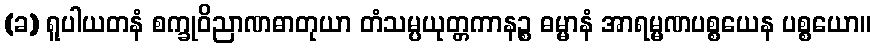
(ခ) ရူပါယတနံ စက္ခုဝိညာဏဓာတုယာ တံသမ္ပယုတ္တကာနဉ္စ ဓမ္မာနံ အာရမ္မဏပစ္စယေန ပစ္စယော။